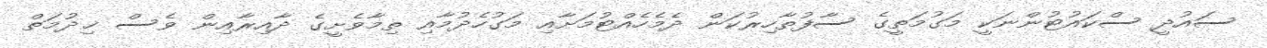
ސައުދީ ސްކައުޓުންނަކީ މަގުމަތީގެ ސާފުތާހިރުކަން ދެމެހެއްޓުމަށާއި މަގުހެދުމާއި ތިމާވެށީގެ ދާއިރާއިން ވެސް ޚިދުމަތް